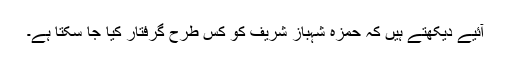
آئیے دیکھتے ہیں کہ حمزہ شہباز شریف کو کس طرح گرفتار کیا جا سکتا ہے۔